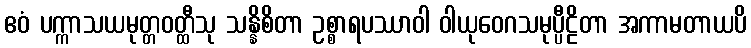
ဧဝံ ပက္ကာသယမုတ္တဝတ္ထီသု သန္နိစိတာ ဥစ္စာရပဿာဝါ ဝါယုဝေဂသမုပ္ပီဠိတာ အကာမတာယပိ